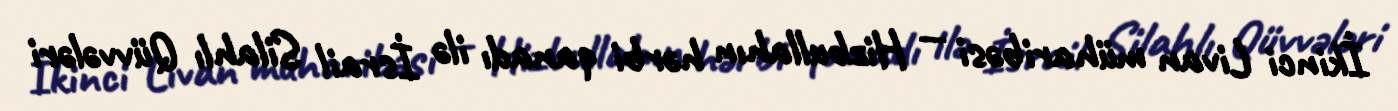
İkinci Livan müharibəsi — Hizbullahın hərbi qanadı ilə İsrail Silahlı Qüvvələri